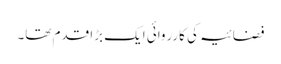
فضائیہ کی کارروائی ایک بڑا قدم تھا۔